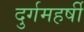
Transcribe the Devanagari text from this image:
दुर्गमहर्षी